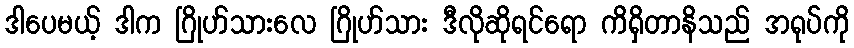
ဒါပေမယ့် ဒါက ဂြိုဟ်သားလေ ဂြိုဟ်သား ဒီလိုဆိုရင်ရော ကိရှိတာနိသည် အရုပ်ကို